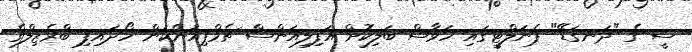
ސީ ގެ "ދަނގަޑޭ" ޕެނަލްޓީގައި ހަވާސް ބަލިކޮށް އަފިލިއަންސް ޗެމްޕިއަންކަން ހޯދައިފި ބްރެޒިލްގެ